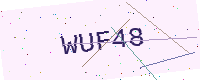
Text: WUF48